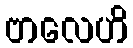
ဗာလေဟိ